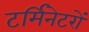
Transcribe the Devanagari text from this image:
टर्मिनेटरों